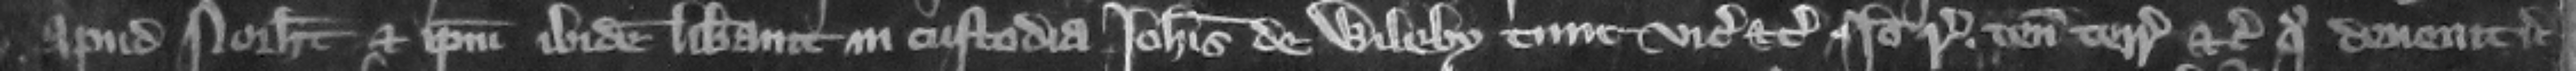
apud Northamton et ipsum ibidem liberauit in custodia Iohannis de Wileby tunc vicecomitis etc. Ideo respondeat tenentes terrarum etc. quo deuenit etc.